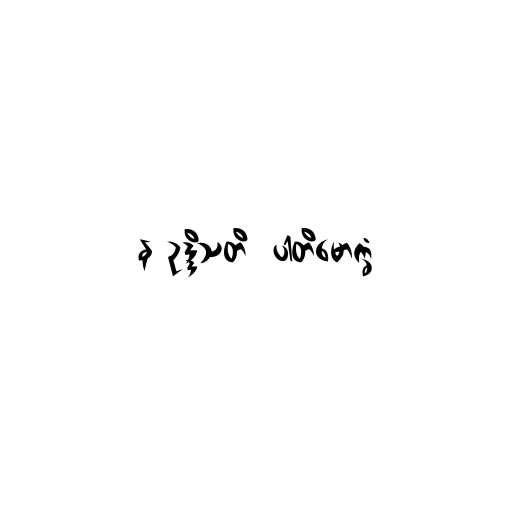
န ဥဒ္ဒိသတိ  ပါတိမောက္ခံ